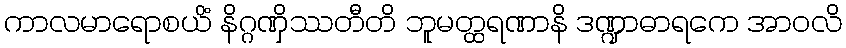
ကာလမာရောစယိံ နိဂ္ဂဏှိဿတီတိ ဘူမတ္ထရဏာနိ ဒဏ္ဍာဓာရကေ အာဝလိ